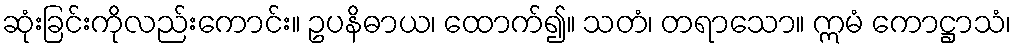
ဆုံးခြင်းကိုလည်းကောင်း။ ဥပနိဓာယ၊ ထောက်၍။ သတံ၊ တရာသော။ ဣမံ ကောဋ္ဌာသံ၊